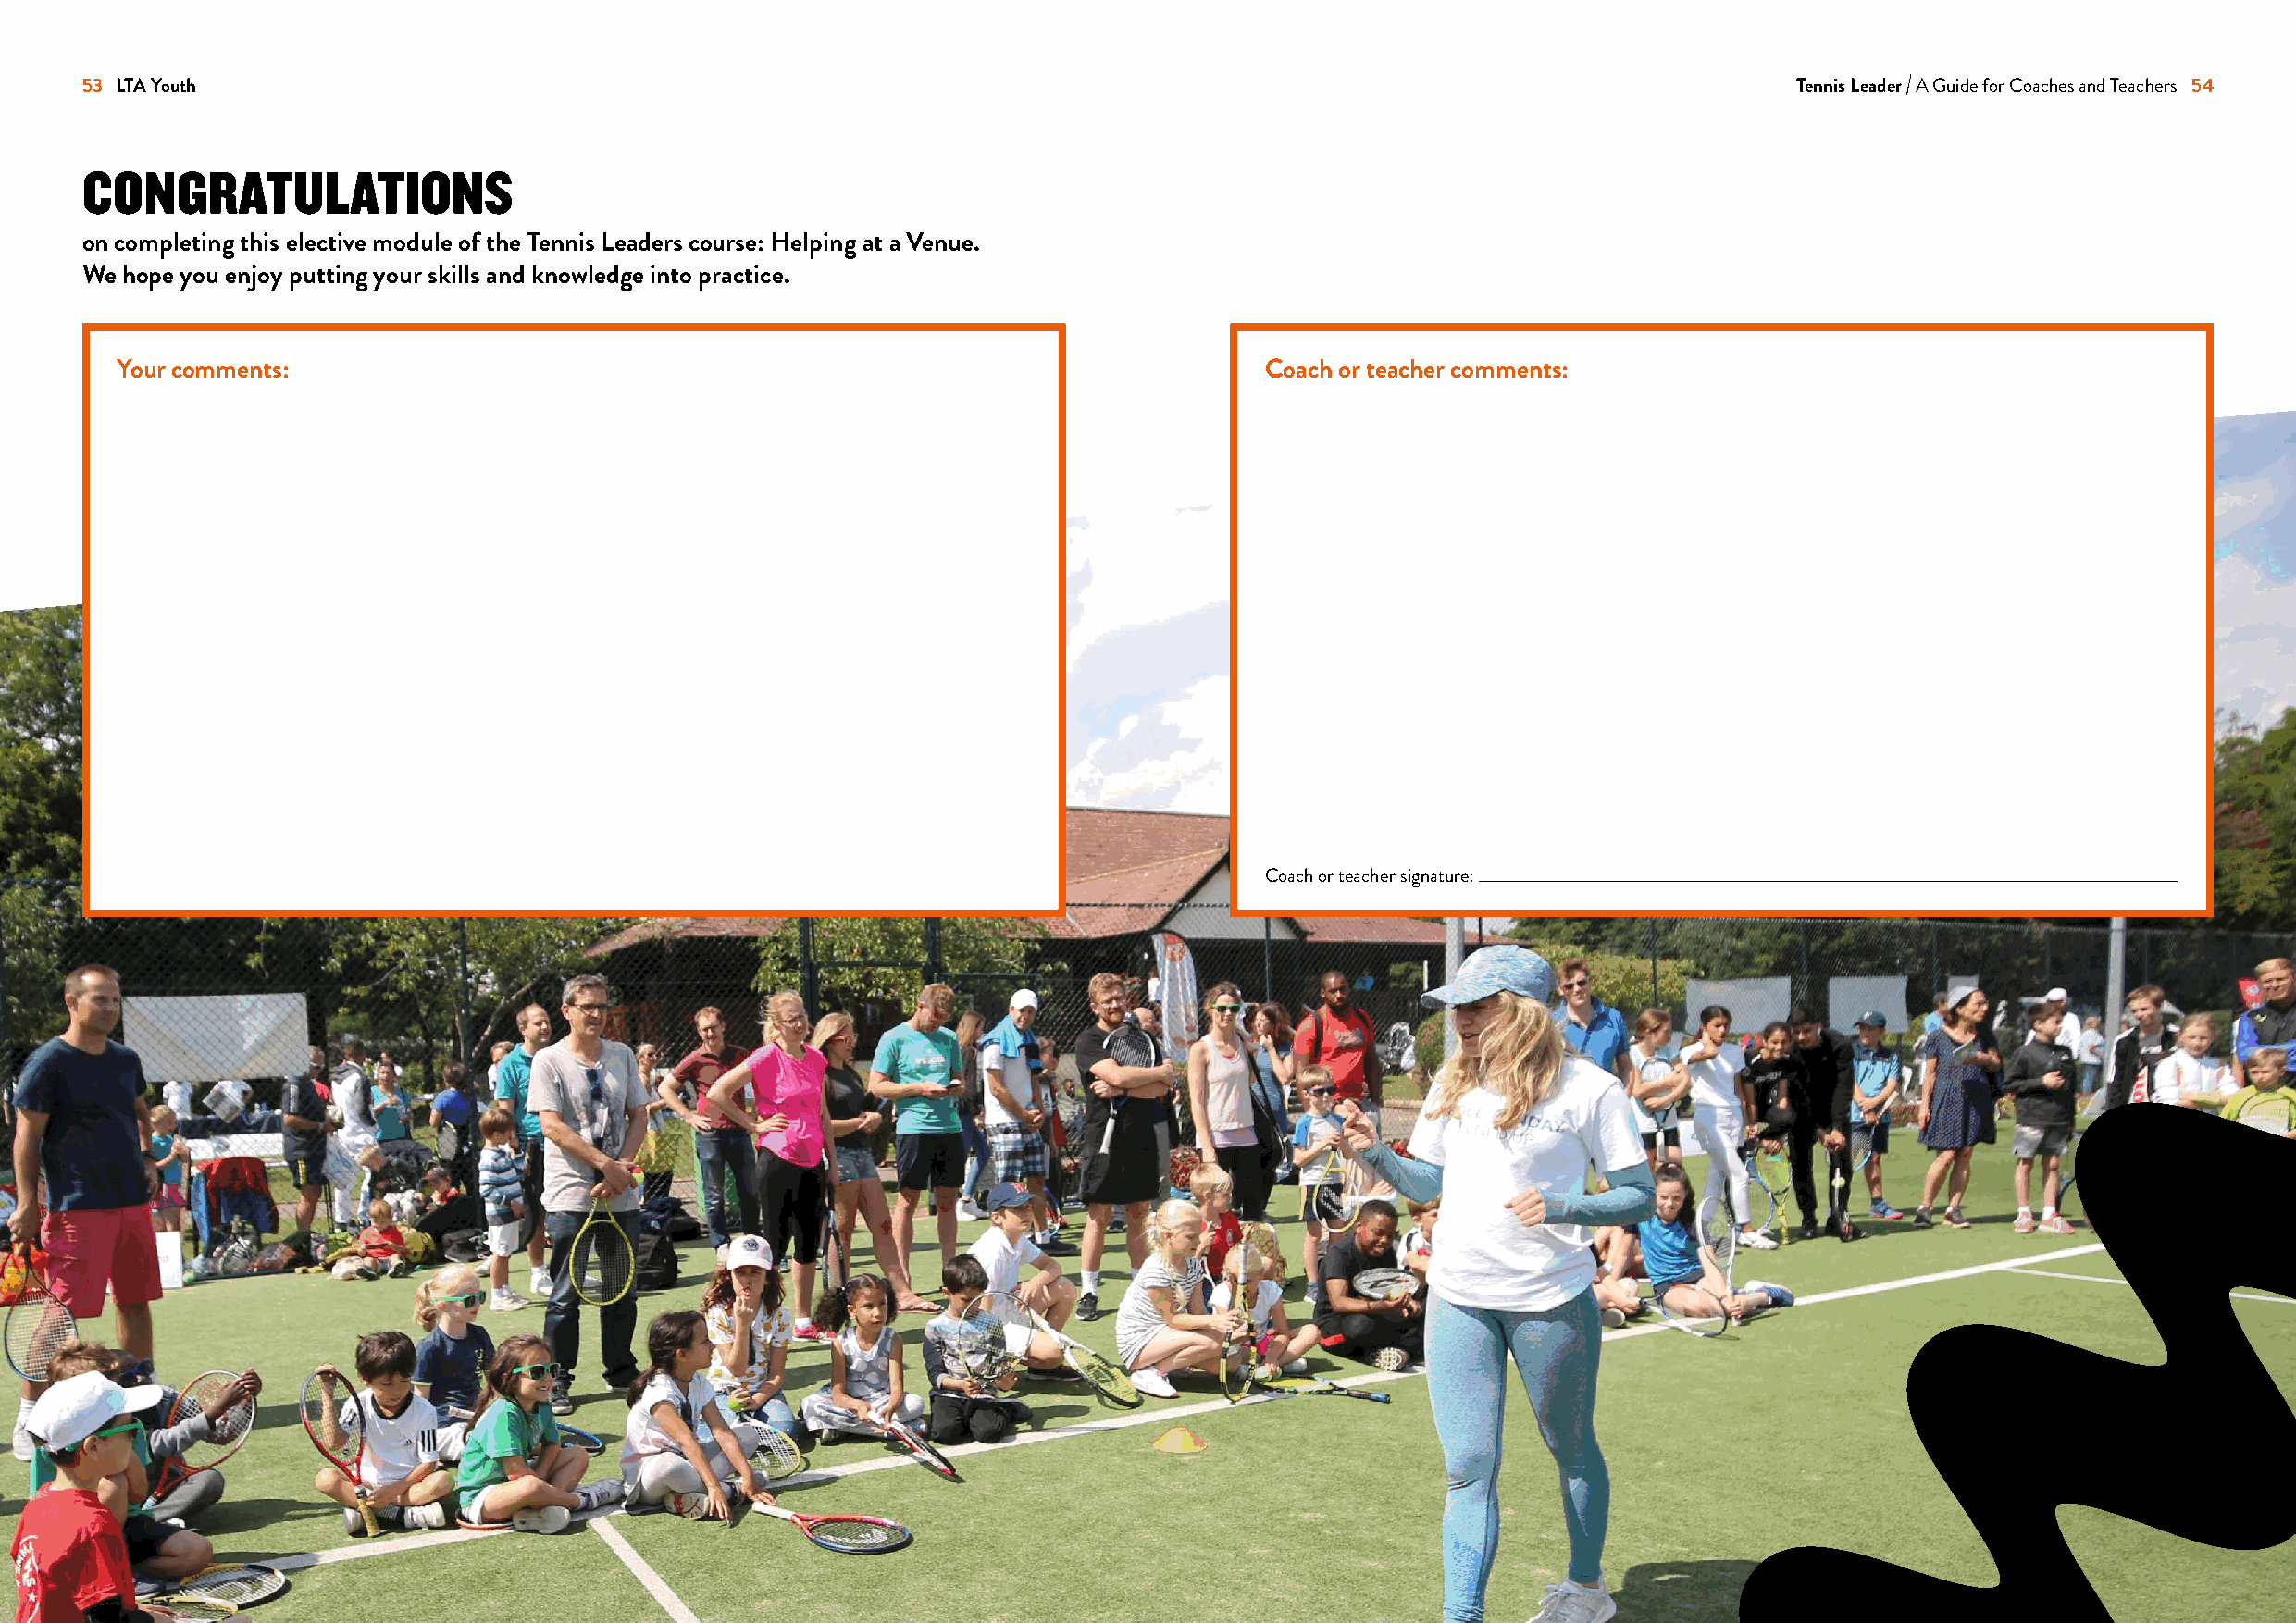
53 LTA Youth                                                                                                              Tennis Leader A Guide for Coaches and Teachers 54
 CONGRATULATIONS
 on completing this elective module of the Tennis Leaders course: Helping at a Venue.
 We hope you enjoy putting your skills and knowledge into practice.
 Your comments:                                                                    Coach or teacher comments:
 Coach or teacher signature: